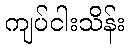
ကျပ်ငါးသိန်း